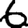
Digit: 6